Annual administration report of the Civil Veterinary Department of India - 1896-1897
Year: 1896
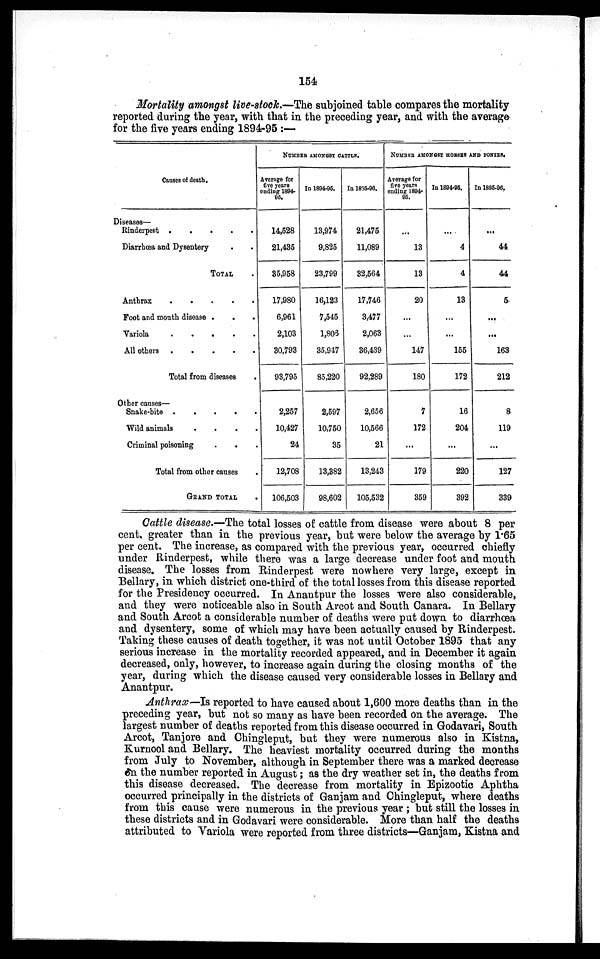
154
Mortality amongst live-stock.—The subjoined table compares the mortality
reported during the year, with that in the preceding year, and with the average
for the five years ending 1894-95:—
Causes of death.
Diseases—
Rinderpest
.
.
.
.
.
Diarrhœa and Dysentery . .
TOTAL .
Anthrax . . . . .
Foot and mouth disease . . .
Variola
.
.
.
.
.
All others . . . . .
Total from diseases .
Other causes—
Snake-bite . . . . .
Wild animals . . . . .
Criminal poisoning . . .
Total from other causes .
GRAND TOTAL .
NUMBER AMONGST CATTLE.
Average for
five years
ending 1894-
95.
14,528
21,435
35,958
17,980
6,961
2,103
30,793
93,795
2,257
10,427
24
12,708
106,503
In 1894-95.
13,974
9,825
23,799
16,123
7,545
1,803
35,947
85,220
2,597
10,750
35
13,382
98,602
In 1895-96.
21,475
11,089
32,564
17,746
3,477
2,063
36,439
92,289
2,656
10,566
21
13,243
105,532
NUMBER AMONGST HORESE AND PONIES.
Average for
five years
ending 1894-
95.
...
13
13
20
...
...
147
180
7
172
...
179
359
In 1894-95.
...
4
4
13
...
...
155
172
16
204
...
220
392
In 1895-98.
...
44
44
5
...
...
163
212
8
119
...
127
339
Cattle disease.—The total losses of cattle from disease were about 8 per
cent, greater than in the previous year, but were below the average by 1.65
per cent. The increase, as compared with the previous year, occurred chiefly
under Rinderpest, while there was a large decrease under foot and mouth
disease. The losses from Rinderpest were nowhere very large, except in
Bellary, in which district one-third of the total losses from this disease reported
for the Presidency occurred. In Anantpur the losses were also considerable,
and they were noticeable also in South Arcot and South Canara. In Bellary
and South Arcot a considerable number of deaths were put down to diarrhœa
and dysentery, some of which may have been actually caused by Rinderpest.
Taking these causes of death together, it was not until October 1895 that any
serious increase in the mortality recorded appeared, and in December it again
decreased, only, however, to increase again during the closing months of the
year, during which the disease caused very considerable losses in Bellary and
Anantpur.
Anthrax—Is reported to have caused about 1,600 more deaths than in the
preceding year, but not so many as have been recorded on the average. The
largest number of deaths reported from this disease occurred in Godavari, South
Arcot, Tanjore and Chingleput, but they were numerous also in Kistna,
Kurnool and Bellary. The heaviest mortality occurred during the months
from July to November, although in September there was a marked decrease
on the number reported in August; as the dry weather set in, the deaths from
this disease decreased. The decrease from mortality in Epizootic Aphtha
occurred principally in the districts of Ganjam and Chingleput, where deaths
from this cause were numerous in the previous year; but still the losses in
these districts and in Godavari were considerable. More than half the deaths
attributed to Variola were reported from three districts—Ganjam, Kistna and